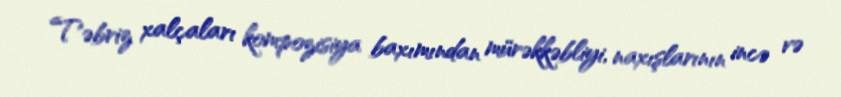
Təbriz xalçaları kompozisiya baxımından mürəkkəbliyi, naxışlarının incə və